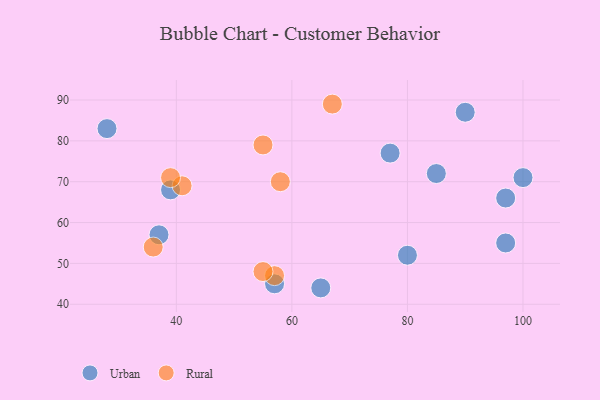
{"axis": {"x": "GDP", "y": "Life Expectancy"}, "legend": ["Rural", "Urban"], "data": [{"x": "80", "y": 52, "type": "Urban"}, {"x": "77", "y": 77, "type": "Urban"}, {"x": "90", "y": 87, "type": "Urban"}, {"x": "37", "y": 57, "type": "Urban"}, {"x": "85", "y": 72, "type": "Urban"}, {"x": "97", "y": 66, "type": "Urban"}, {"x": "97", "y": 55, "type": "Urban"}, {"x": "57", "y": 45, "type": "Urban"}, {"x": "39", "y": 68, "type": "Urban"}, {"x": "100", "y": 71, "type": "Urban"}, {"x": "28", "y": 83, "type": "Urban"}, {"x": "65", "y": 44, "type": "Urban"}, {"x": "57", "y": 47, "type": "Rural"}, {"x": "67", "y": 89, "type": "Rural"}, {"x": "41", "y": 69, "type": "Rural"}, {"x": "55", "y": 48, "type": "Rural"}, {"x": "55", "y": 79, "type": "Rural"}, {"x": "36", "y": 54, "type": "Rural"}, {"x": "39", "y": 71, "type": "Rural"}, {"x": "58", "y": 70, "type": "Rural"}]}